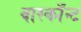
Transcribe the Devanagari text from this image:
वास्काँन्ट